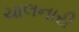
ચાલનારી